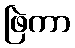
ဖြဲကာ